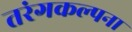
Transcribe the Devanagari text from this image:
तरंगकल्पना